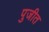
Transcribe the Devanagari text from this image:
पुजीत